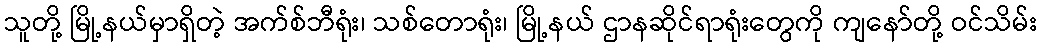
သူတို့ မြို့နယ်မှာရှိတဲ့ အက်စ်ဘီရုံး၊ သစ်တောရုံး၊ မြို့နယ် ဌာနဆိုင်ရာရုံးတွေကို ကျနော်တို့ ဝင်သိမ်း